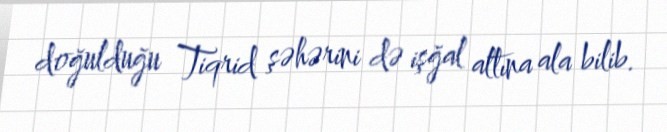
doğulduğu Tiqrid şəhərini də işğal altına ala bilib.